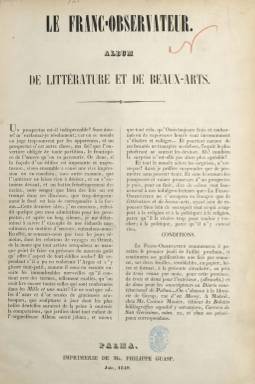
Título: Le Franc-observateur de littérature et de beaux-arts
Otros títulos: Franc-observateur
Colección: Historia || Literatura
Ámbito geográfico: Baleares
Lugar de publicación: Palma [de Majorque]
Fechas: 05/07/1849-26/07/1849

Semanario escrito completamente en lengua francesa, que fue impreso por Felipe Guasp en Palma de Mallorca durante el mes de julio de 1849, y redactado por Jaume Cabanellas Amengual (1817-1865), que previamente había publicado, también en el mismo idioma y ciudad, otro periódico de igual naturaleza literaria y artística bajo el título L’Exotique (1842-1843). Cabanellas es considerado un personaje “curioso” mallorquín, de formación intelectual francesa, que, además de funcionario de la delegación de Hacienda de Palma, fue autor de la primera guía turística de esta isla escrita en el citado idioma, además de otras obras, traductor y profesor de esa lengua. Asimismo colaboró en la prensa local, muchas veces de forma anónima, con composiciones poéticas y revistas teatrales, y, en concreto, en Diario de Palma, desde 1852.

Sólo se conocen de este título las cuatro primeras entregas -quizá no aparecieron más-, en folio, de cuatro páginas cada una y compuestas a dos columnas. Su prospecto forma parte de la colección, y en el mismo se expresa que dejaba fuera de sus contenidos los temas relativos a la religión y a la política. Inserta composiciones poéticas y textos en prosa, y entre estos una breve serie sobre las glorias de España o una historia de Mallorca; extractos de obras originales, como Trait généreux d’une artiste, algunas charadas y una sección bajo el epígrafe Observations, en la incluye alguna revista teatral y otras breves noticias de la actividad cultural de la ciudad. Algunos de sus textos van firmados con las iniciales J.C. p con el nombre y apellido completo: Jaume Cabanellas.